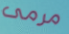
مرمى